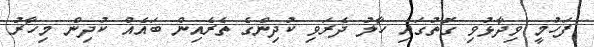
ފަހުމީ ވިދާޅުވި ގޮތުގައި ހާލު ދެރަވި ކުދިންގެ ތެރެއިން ބައެއް ކުދިން މިހާރު